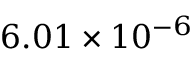
6 . 0 1 \times 1 0 ^ { - 6 }